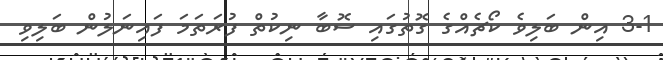
3-1 އިން ބަލިވެ ކޯޗެއްގެ ގޮތުގައި ސޮބާ ނިކުތް ފުރަތަމަ ފައިނަލުން ބަލިވި